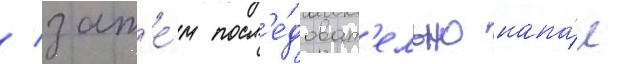
/ зат'е́м посл'е́доват'ельно напа́л